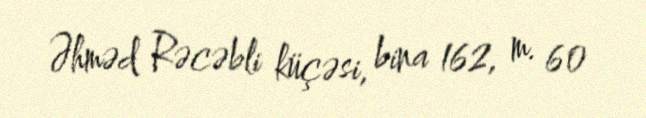
Əhməd Rəcəbli küçəsi, bina 162, m. 60